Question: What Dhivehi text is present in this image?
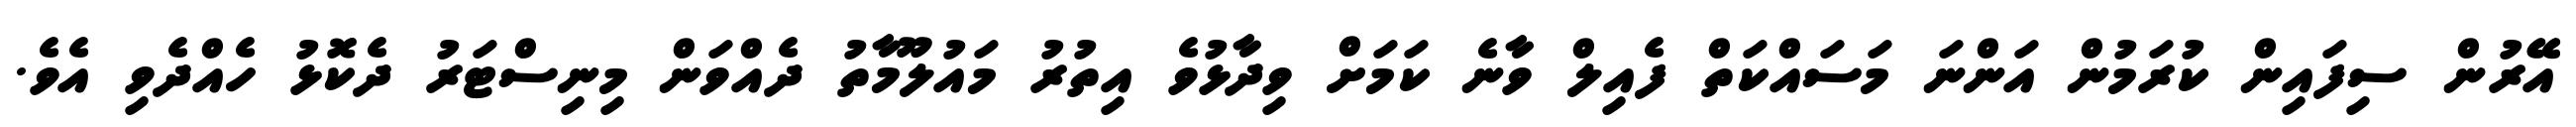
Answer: އޭރުން ސިފައިން ކުރަމުން އަންނަ މަސައްކަތް ފެއިލް ވާނެ ކަމަށް ވިދާޅުވެ އިތުރު މައުލޫމާތު ދެއްވަން މިނިސްޓަރު ދެކޮޅު ހެއްދެވި އެވެ.